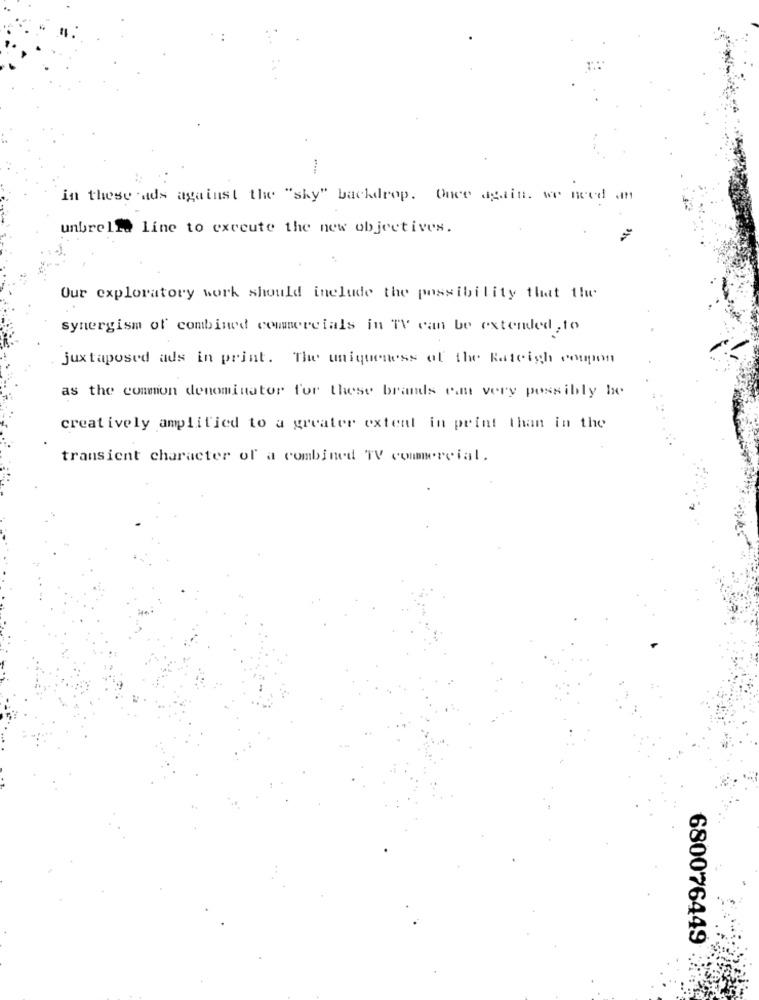
in these ads against the "sky" backdrop. Once again. we need an
unbrella line to execute the new objectives.
Our exploratory work should include the possibility that the
synergism of combined commercials in TV can be extended , to
juxtaposed ads in print. The uniqueness of the Rateigh coupon
as the common denominator for these brands emn very possibly be
creatively amplified to a greater extent in print than in the
transient character of a combined TV commercial.
680076449